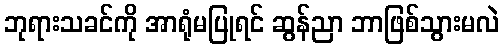
ဘုရားသခင်ကို အာရုံမပြုရင် ဆွန်ညာ ဘာဖြစ်သွားမလဲ